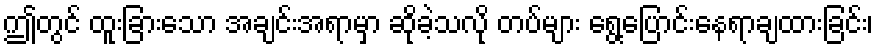
ဤတွင် ထူးခြားသော အချင်းအရာမှာ ဆိုခဲ့သလို တပ်များ ရွေ့ပြောင်းနေရာချထားခြင်း၊